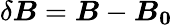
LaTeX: \delta\boldsymbol{B}=\boldsymbol{B}-\boldsymbol{B_{0}}